Annual returns of the Patna Lunatic Asylum at Bankipore in Bihar and Orissa - 1912-1924
Year: 1912
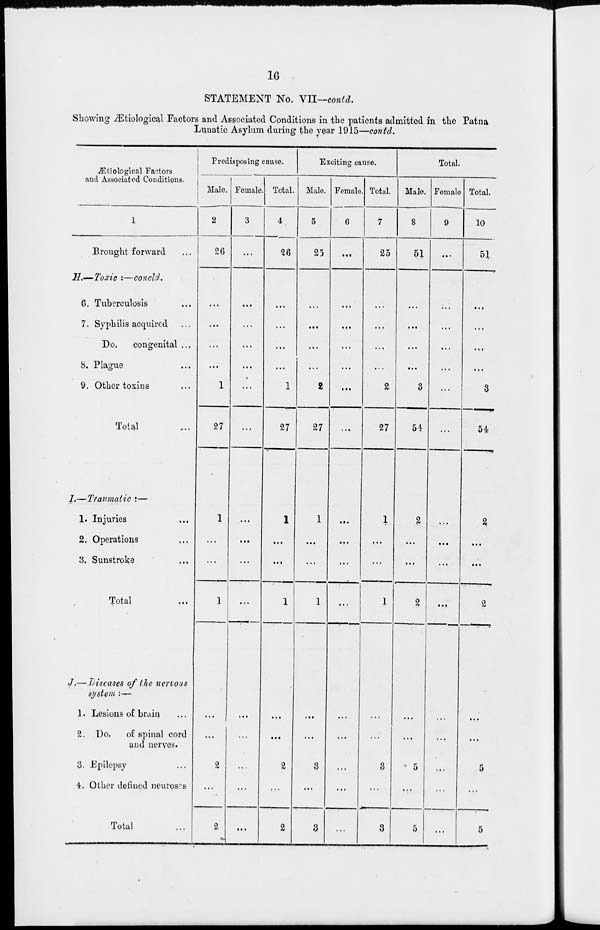
16
STATEMENT No. VII—contd.
Showing Ætiological Factors and Associated Conditions in the patients admitted in the Patna
Lunatic Asylum during the year 1915—contd.
Ætiological Factors
and Associated Conditions.
1
Brought forward ...
H.—Toxic :—concld.
6. Tuberculosis ...
7. Syphilis acquired ...
Do.
congenital ...
8. Plague ...
9. Other toxins ...
Total ...
I.—Traumatic :—
1. Injuries ...
2. Operations ...
3. Sunstroke ...
Total ...
J.—Diseases of the nervous
system :—
1. Lesions of brain ...
2. Do. of spinal cord
and nerves.
3. Epilepsy ...
4. Other defined neuroses ...
Total ...
Predisposing cause.
Male.
2
26
...
...
...
...
1
27
1
...
...
1
...
...
2
...
2
Female.
3
...
...
...
...
...
...
...
...
...
...
...
...
...
...
...
...
Total.
4
26
...
...
...
...
1
27
1
...
...
1
...
...
2
2
Exciting cause.
Male.
5
25
...
...
...
...
2
27
1
...
...
1
...
...
3
...
3
Female.
6
...
...
...
...
...
...
...
...
...
...
...
...
...
...
...
...
Total.
7
25
...
...
...
...
2
27
1
...
...
1
...
...
3
3
Total.
Male.
8
51
...
...
...
...
3
54
2
...
...
2
...
...
5
...
5
Female.
9
...
...
...
...
...
...
...
...
...
...
...
...
...
...
...
Total.
10
51
...
...
...
...
3
54
2
...
...
2
...
...
5
...
5